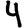
Digit: 4